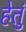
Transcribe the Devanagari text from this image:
हेतुं